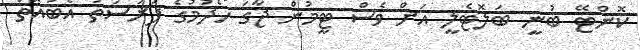
ކޮންޓޭ ބުނީ ބަލޮޓެލީ އަށް ވެސް ޓީމުން ޖާގަ ހޯދުމުގެ ފުރުސަތު އެބައޮތް